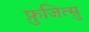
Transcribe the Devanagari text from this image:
फ़ुजित्सु